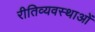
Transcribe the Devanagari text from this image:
रीतिव्यवस्थाओं